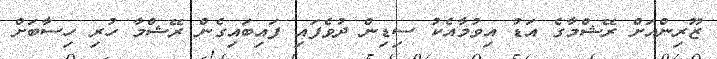
ޒޫރިންއަށް ރޭޝްމާގެ އަޑު އިވުމާއެކު ސިޑިން ދުވެފައި ފައިބައިގެން ރޭޝްމާ ހުރި ހިސާބަށް